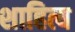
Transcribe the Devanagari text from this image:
शाहित्य